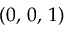
( 0 , \, 0 , \, 1 )